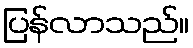
ပြန်လာသည်။